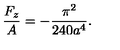
\frac { F _ { z } } { A } = - \frac { \pi ^ { 2 } } { 2 4 0 a ^ { 4 } } .